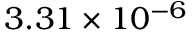
3 . 3 1 \times 1 0 ^ { - 6 }